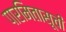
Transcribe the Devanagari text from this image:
पारमितासूची